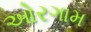
ઓરગામ